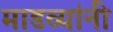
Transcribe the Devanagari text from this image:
माडव्यांनी